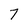
Character: 7